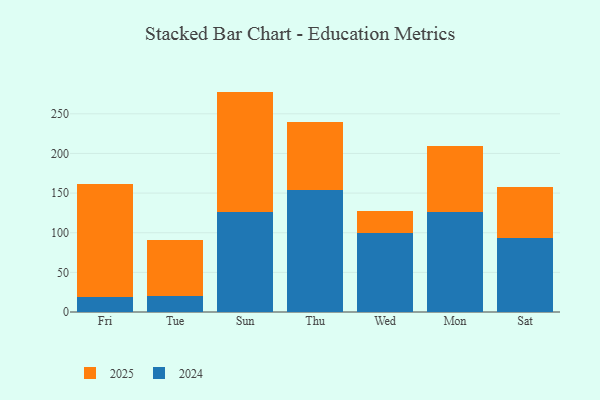
{"axis": {"x": "Day", "y": "Bounce Rate (%)"}, "legend": ["2024", "2025"], "data": [{"x": "Fri", "y": 18.5, "type": "2024"}, {"x": "Fri", "y": 142.9, "type": "2025"}, {"x": "Tue", "y": 19.8, "type": "2024"}, {"x": "Tue", "y": 70.4, "type": "2025"}, {"x": "Sun", "y": 125.9, "type": "2024"}, {"x": "Sun", "y": 152.1, "type": "2025"}, {"x": "Thu", "y": 154.1, "type": "2024"}, {"x": "Thu", "y": 85.6, "type": "2025"}, {"x": "Wed", "y": 100.0, "type": "2024"}, {"x": "Wed", "y": 27.3, "type": "2025"}, {"x": "Mon", "y": 125.9, "type": "2024"}, {"x": "Mon", "y": 83.0, "type": "2025"}, {"x": "Sat", "y": 93.0, "type": "2024"}, {"x": "Sat", "y": 65.2, "type": "2025"}]}